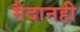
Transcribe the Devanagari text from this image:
मैदानही